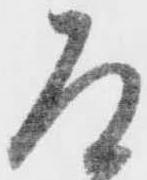
道